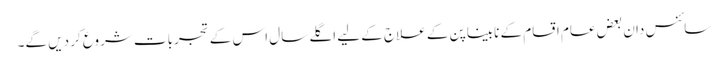
سائنس دان بعض عام اقسام کے نابیناپن کے علاج کے لیے اگلے سال اس کے تجربات شروع کر دیں گے۔